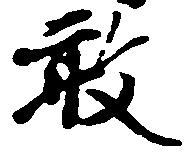
敢